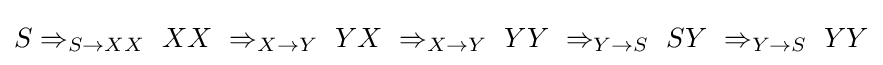
S\Rightarrow _{S\to XX}\ XX\ \Rightarrow _{X\to Y}\ YX\ \Rightarrow _{X\to Y}\ YY\ \Rightarrow _{Y\to S}\ SY\ \Rightarrow _{Y\to S}\ YY